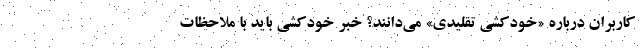
کاربران درباره «خودکشی تقلیدی» می‌دانند؟ خبر خودکشی باید با ملاحظات